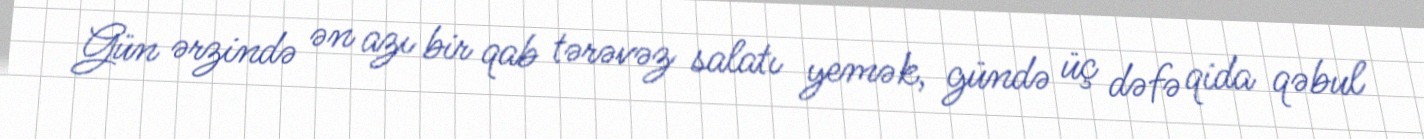
Gün ərzində ən azı bir qab tərəvəz salatı yemək, gündə üç dəfə qida qəbul